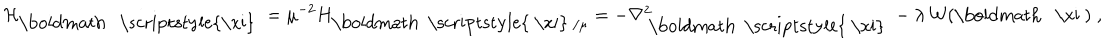
LaTeX: { \mathcal H } _ { { \mathrm { \boldmath ~ \scriptstyle { \ x i } ~ } } } = \mu ^ { - 2 } H _ { \mathrm { \boldmath ~ \scriptstyle { ~ \ x i } ~ } / \mu } = - \nabla _ { \mathrm { ~ \boldmath ~ \scriptstyle { ~ \ x i } ~ } } ^ { 2 } - \lambda \, { \mathcal W } ( \mathrm { \boldmath ~ \ x i ~ } ) \; ,